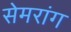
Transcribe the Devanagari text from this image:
सेमरांग